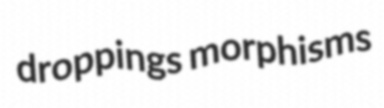
droppings morphisms